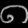
Digit: ၈